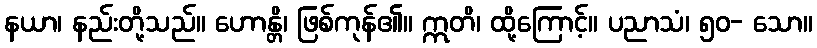
နယာ၊ နည်းတို့သည်။ ဟောန္တိ၊ ဖြစ်ကုန်၏။ ဣတိ၊ ထို့ကြောင့်။ ပညာသံ၊ ၅၀- သော။